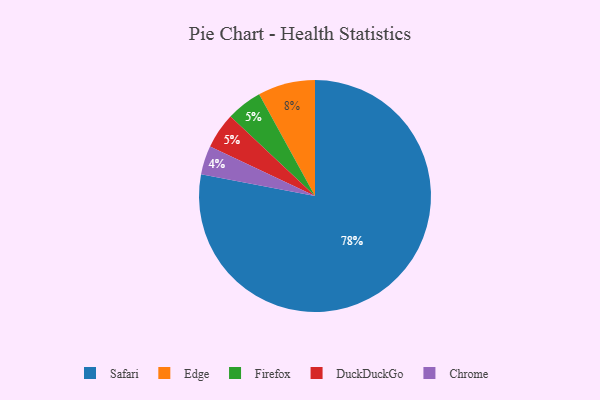
{"axis": {"x": "Category", "y": "Percentage"}, "legend": ["Chrome", "DuckDuckGo", "Edge", "Firefox", "Safari"], "data": [{"x": "Firefox", "y": 5, "type": "Firefox"}, {"x": "Edge", "y": 8, "type": "Edge"}, {"x": "Chrome", "y": 4, "type": "Chrome"}, {"x": "Safari", "y": 78, "type": "Safari"}, {"x": "DuckDuckGo", "y": 5, "type": "DuckDuckGo"}]}